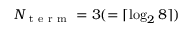
N _ { \mathrm { ~ t ~ e ~ r ~ m ~ } } = 3 ( = \lceil \log _ { 2 } 8 \rceil )